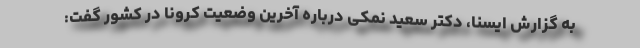
به گزارش ایسنا، دکتر سعید نمکی درباره آخرین وضعیت کرونا در کشور گفت: